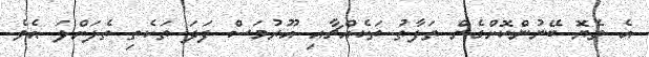
އެ ތެޔޮ ބޭނުންކޮށްގެން ތަފާތު ތަކެއްޗާއި އޫރުމަސް ފަދަ ތަކެތި ތެލަށްލަ އެވެ.